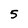
Character: 5